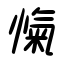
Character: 愾